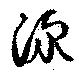
潨